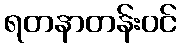
ရတနာတန်းဝင်